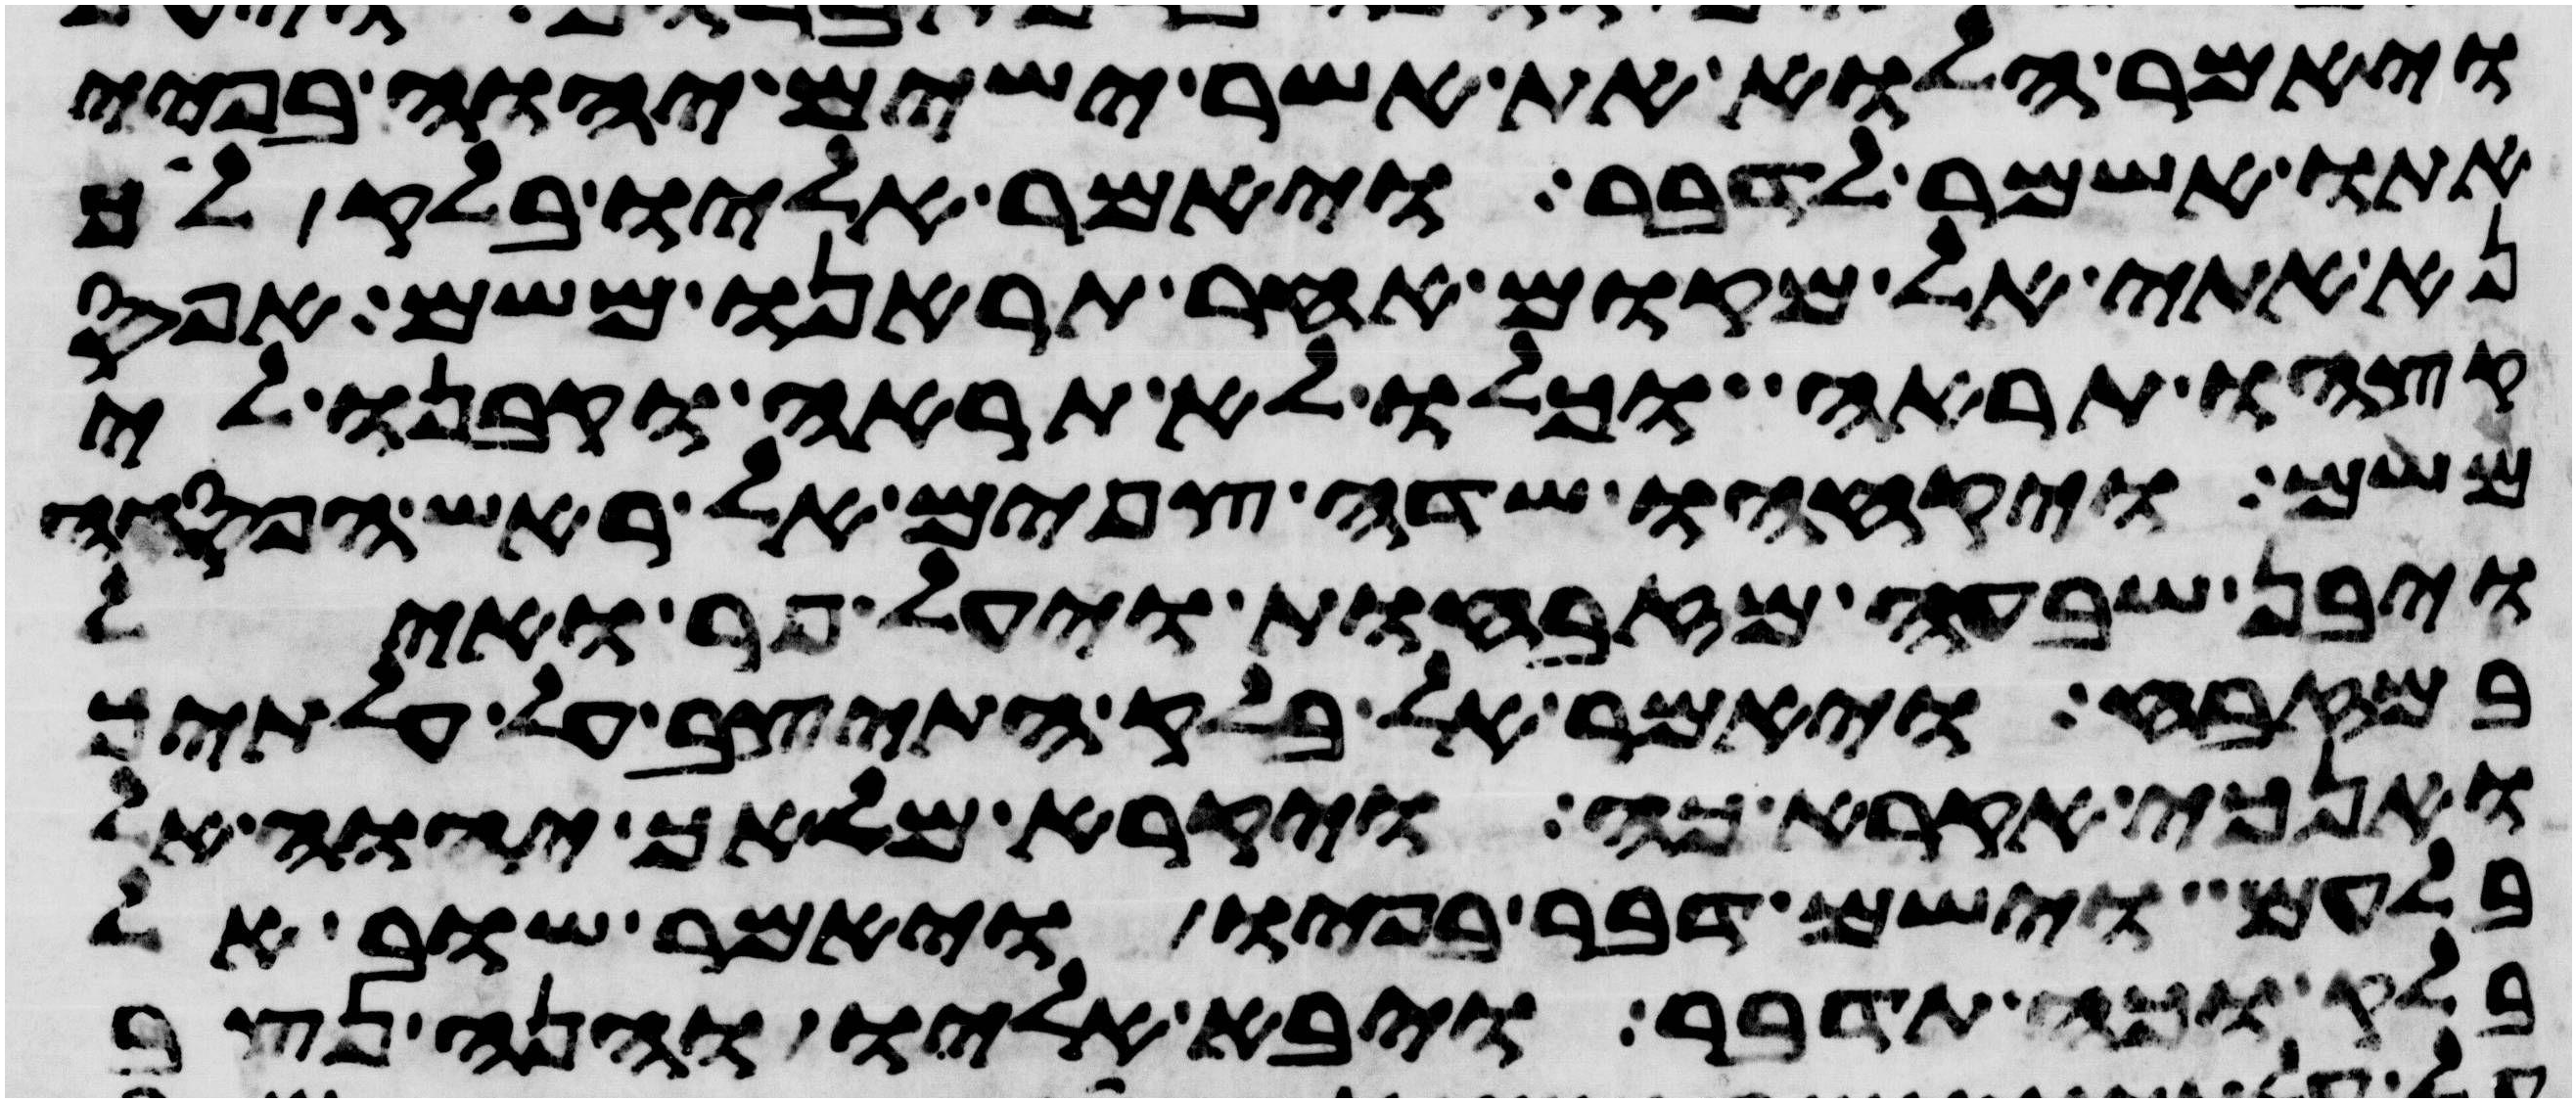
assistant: ויאמר הלוא את אשר ישים יהוה בפיי
אתו אשמר לדבר ויאמר אליו בלק לך
נא אתי אל מקום אחר תראנו משם אפס
קצהו תראה וכלו לא תראה וקבנו לי
משם ויקחהו שדה צפים אל ראש הפסגה
ויבן שבעה מזבחות ויעל פר ואיל
במזבח ויאמר אל בלק התיצב על עלתיך
ואנכי אקרא כה ויקרא מלאך יהוה אל
בלעם וישם דבר בפיו ויאמר שוב אל
בלק וכה תדבר ויבא אליו והנה נצב